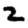
Digit: 2